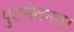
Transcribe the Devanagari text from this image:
पुटभेदनम्।